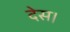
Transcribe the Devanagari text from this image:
देस।